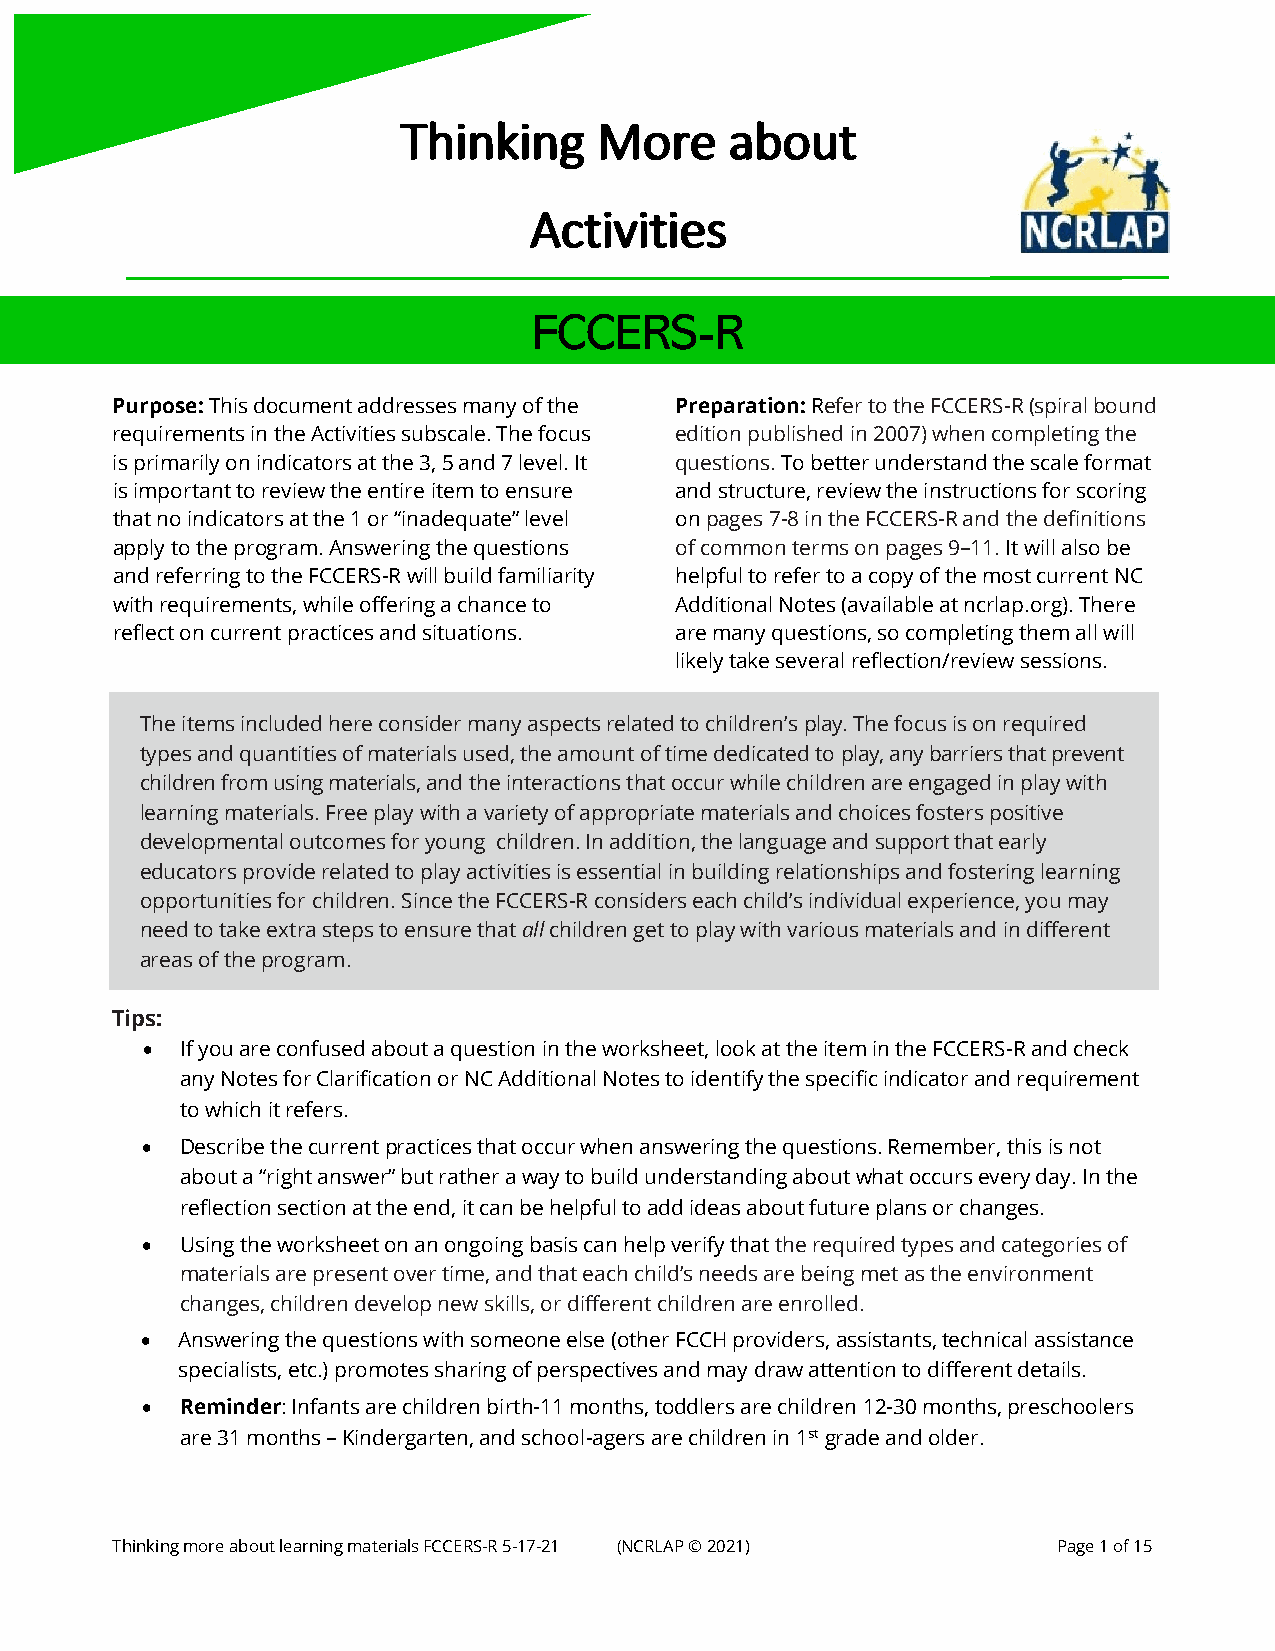
Thinking     More     about
 Activities
 FCCERS-R
 Purpose: This document addresses many of the Preparation: Refer to the FCCERS-R (spiral bound
 requirements in the Activities subscale. The focus edition published in 2007) when completing the
 is primarily on indicators at the 3, 5 and 7 level. It questions. To better understand the scale format
 is important to review the entire item to ensure and structure, review the instructions for scoring
 that no indicators at the 1 or “inadequate” level on pages 7-8 in the FCCERS-R and the definitions
 apply to the program. Answering the questions of common terms on pages 9–11. It will also be
 and referring to the FCCERS-R will build familiarity helpful to refer to a copy of the most current NC
 with requirements, while offering a chance to Additional Notes (available at ncrlap.org). There
 reflect on current practices and situations. are many questions, so completing them all will
 likely take several reflection/review sessions.
 The items included here consider many aspects related to children’s play. The focus is on required
 types and quantities of materials used, the amount of time dedicated to play, any barriers that prevent
 children from using materials, and the interactions that occur while children are engaged in play with
 learning materials. Free play with a variety of appropriate materials and choices fosters positive
 developmental outcomes for young children. In addition, the language and support that early
 educators provide related to play activities is essential in building relationships and fostering learning
 opportunities for children. Since the FCCERS-R considers each child’s individual experience, you may
 need to take extra steps to ensure that all children get to play with various materials and in different
 areas of the program.
 Tips:
 •  If you are confused about a question in the worksheet, look at the item in the FCCERS-R and check
 any Notes for Clarification or NC Additional Notes to identify the specific indicator and requirement
 to which it refers.
 •  Describe the current practices that occur when answering the questions. Remember, this is not
 about a “right answer” but rather a way to build understanding about what occurs every day. In the
 reflection section at the end, it can be helpful to add ideas about future plans or changes.
 •  Using the worksheet on an ongoing basis can help verify that the required types and categories of
 materials are present over time, and that each child’s needs are being met as the environment
 changes, children develop new skills, or different children are enrolled.
 •  Answering the questions with someone else (other FCCH providers, assistants, technical assistance
 specialists, etc.) promotes sharing of perspectives and may draw attention to different details.
 •  Reminder: Infants are children birth-11 months, toddlers are children 12-30 months, preschoolers
 are 31 months – Kindergarten, and school-agers are children in 1st grade and older.
 Thinking more about learning materials FCCERS-R 5-17-21 (NCRLAP © 2021) Page 1 of 15